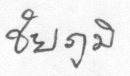
ชัยภูมิ